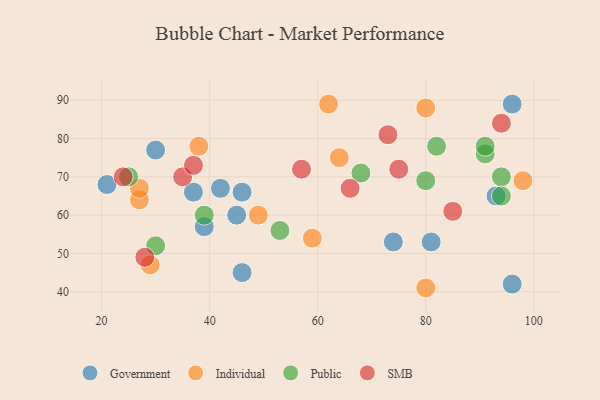
{"axis": {"x": "GDP", "y": "Life Expectancy"}, "legend": ["Government", "Individual", "Public", "SMB"], "data": [{"x": "39", "y": 57, "type": "Government"}, {"x": "93", "y": 65, "type": "Government"}, {"x": "30", "y": 77, "type": "Government"}, {"x": "74", "y": 53, "type": "Government"}, {"x": "21", "y": 68, "type": "Government"}, {"x": "81", "y": 53, "type": "Government"}, {"x": "45", "y": 60, "type": "Government"}, {"x": "96", "y": 42, "type": "Government"}, {"x": "96", "y": 89, "type": "Government"}, {"x": "37", "y": 66, "type": "Government"}, {"x": "46", "y": 45, "type": "Government"}, {"x": "46", "y": 66, "type": "Government"}, {"x": "42", "y": 67, "type": "Government"}, {"x": "98", "y": 69, "type": "Individual"}, {"x": "49", "y": 60, "type": "Individual"}, {"x": "80", "y": 41, "type": "Individual"}, {"x": "80", "y": 88, "type": "Individual"}, {"x": "59", "y": 54, "type": "Individual"}, {"x": "62", "y": 89, "type": "Individual"}, {"x": "27", "y": 64, "type": "Individual"}, {"x": "27", "y": 67, "type": "Individual"}, {"x": "64", "y": 75, "type": "Individual"}, {"x": "38", "y": 78, "type": "Individual"}, {"x": "29", "y": 47, "type": "Individual"}, {"x": "80", "y": 69, "type": "Public"}, {"x": "91", "y": 76, "type": "Public"}, {"x": "39", "y": 60, "type": "Public"}, {"x": "25", "y": 70, "type": "Public"}, {"x": "91", "y": 78, "type": "Public"}, {"x": "68", "y": 71, "type": "Public"}, {"x": "53", "y": 56, "type": "Public"}, {"x": "94", "y": 70, "type": "Public"}, {"x": "82", "y": 78, "type": "Public"}, {"x": "30", "y": 52, "type": "Public"}, {"x": "94", "y": 65, "type": "Public"}, {"x": "75", "y": 72, "type": "SMB"}, {"x": "73", "y": 81, "type": "SMB"}, {"x": "57", "y": 72, "type": "SMB"}, {"x": "85", "y": 61, "type": "SMB"}, {"x": "28", "y": 49, "type": "SMB"}, {"x": "35", "y": 70, "type": "SMB"}, {"x": "94", "y": 84, "type": "SMB"}, {"x": "66", "y": 67, "type": "SMB"}, {"x": "37", "y": 73, "type": "SMB"}, {"x": "24", "y": 70, "type": "SMB"}]}